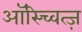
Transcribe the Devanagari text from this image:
ऑस्च्वित्ज़